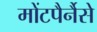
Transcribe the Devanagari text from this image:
मोंटपैर्नैसे